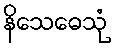
နိသေဓေသုံ